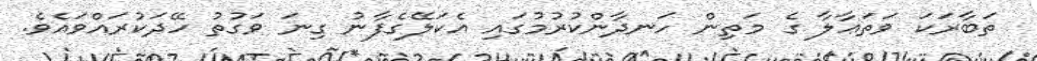
ތަބާރަކަ ވަތަޢާލާ ގެ މަތިން ހަނދާންކުރުމުގައި އެކަލޭގެފާނު ގިނަ ވަގުތު ހޭދަކުރައްވައެވެ.